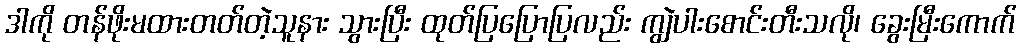
ဒါကို တန်ဖိုးမထားတတ်တဲ့သူနား သွားပြီး ထုတ်ပြပြောပြလည်း ကျွဲပါးစောင်းတီးသလို၊ ခွေးမြီးကောက်